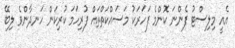
އެއީ މިލިސްޓު ފެންނަ ކޮންމެ ފަހަރަކު މަސައްކަތްތައް ފުރިހަމަ ކުރިކަން ހަނދާންވެ ލިބޭ